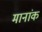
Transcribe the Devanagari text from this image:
मानांक